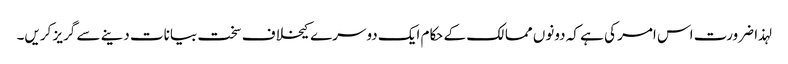
لہذا ضرورت اس امر کی ہے کہ دونوں ممالک کے حکام ایک دوسرے کیخلاف سخت بیانات دینے سے گریز کریں۔